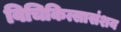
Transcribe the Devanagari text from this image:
विचिकित्सासंशय